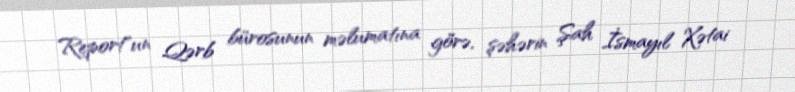
Report"un Qərb bürosunun məlumatına görə, şəhərin Şah İsmayıl Xətai